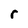
Character: r